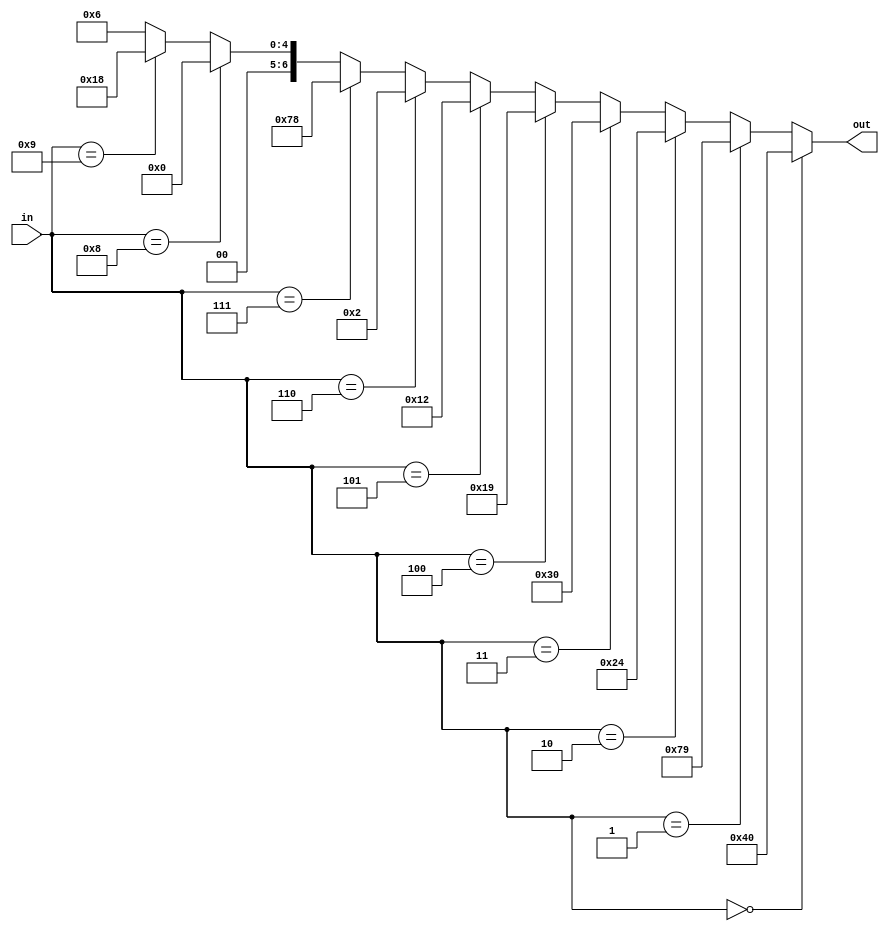
module encoder(in, out);
	input [6:0] in;
	output reg [6:0] out;
	
	always@(*)begin
		if(in==7'b0000000)begin
			out=7'b1000000;
		end
		else if(in==7'b0000001)begin
			out=7'b1111001;
		end
		else if(in==7'b0000010)begin
			out=7'b0100100;
		end
		else if(in==7'b0000011)begin
			out=7'b0110000;
		end
		else if(in==7'b0000100)begin
			out=7'b0011001;
		end
		else if(in==7'b0000101)begin
			out=7'b0010010;
		end
		else if(in==7'b0000110)begin
			out=7'b0000010;
		end
		else if(in==7'b0000111)begin
			out=7'b1111000;
		end
		else if(in==7'b0001000)begin
			out=7'b0000000;
		end
		else if(in==7'b0001001)begin
			out=7'b0011000;
		end
		else begin
			out=7'b0000110; //E
		end
	end
endmodule